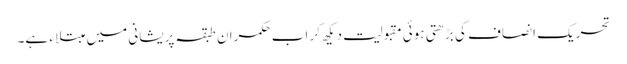
تحریک انصاف کی بڑھتی ہوئی مقبولیت دیکھ کر اب حکمران طبقہ پریشانی میں مبتلاء ہے۔